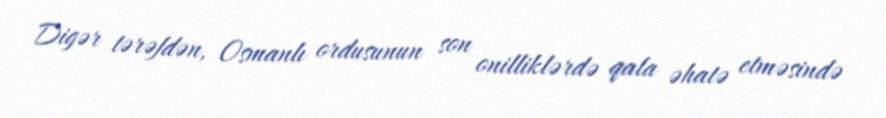
Digər tərəfdən, Osmanlı ordusunun son onilliklərdə qala əhatə etməsində